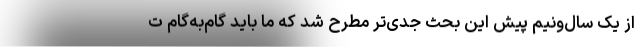
از یک سال‌ونیم پیش این بحث جدی‌تر مطرح شد که ما باید گام‌به‌گام ت